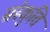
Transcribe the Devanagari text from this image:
संस्कुति